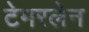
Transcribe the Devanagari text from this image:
टेमरलेन